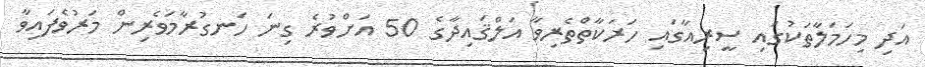
އަދި މިހަމަލާތަކުގައި ސީރިއާގައި ހަރަކާތްތެރިވާ އަލްޤައިދާގެ 50 އަށްވުރެ ގިނަ ހަނގުރާމަވެރިން މަރުވެފައިވާ